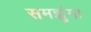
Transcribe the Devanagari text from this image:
समझूंगा